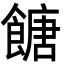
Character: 餹